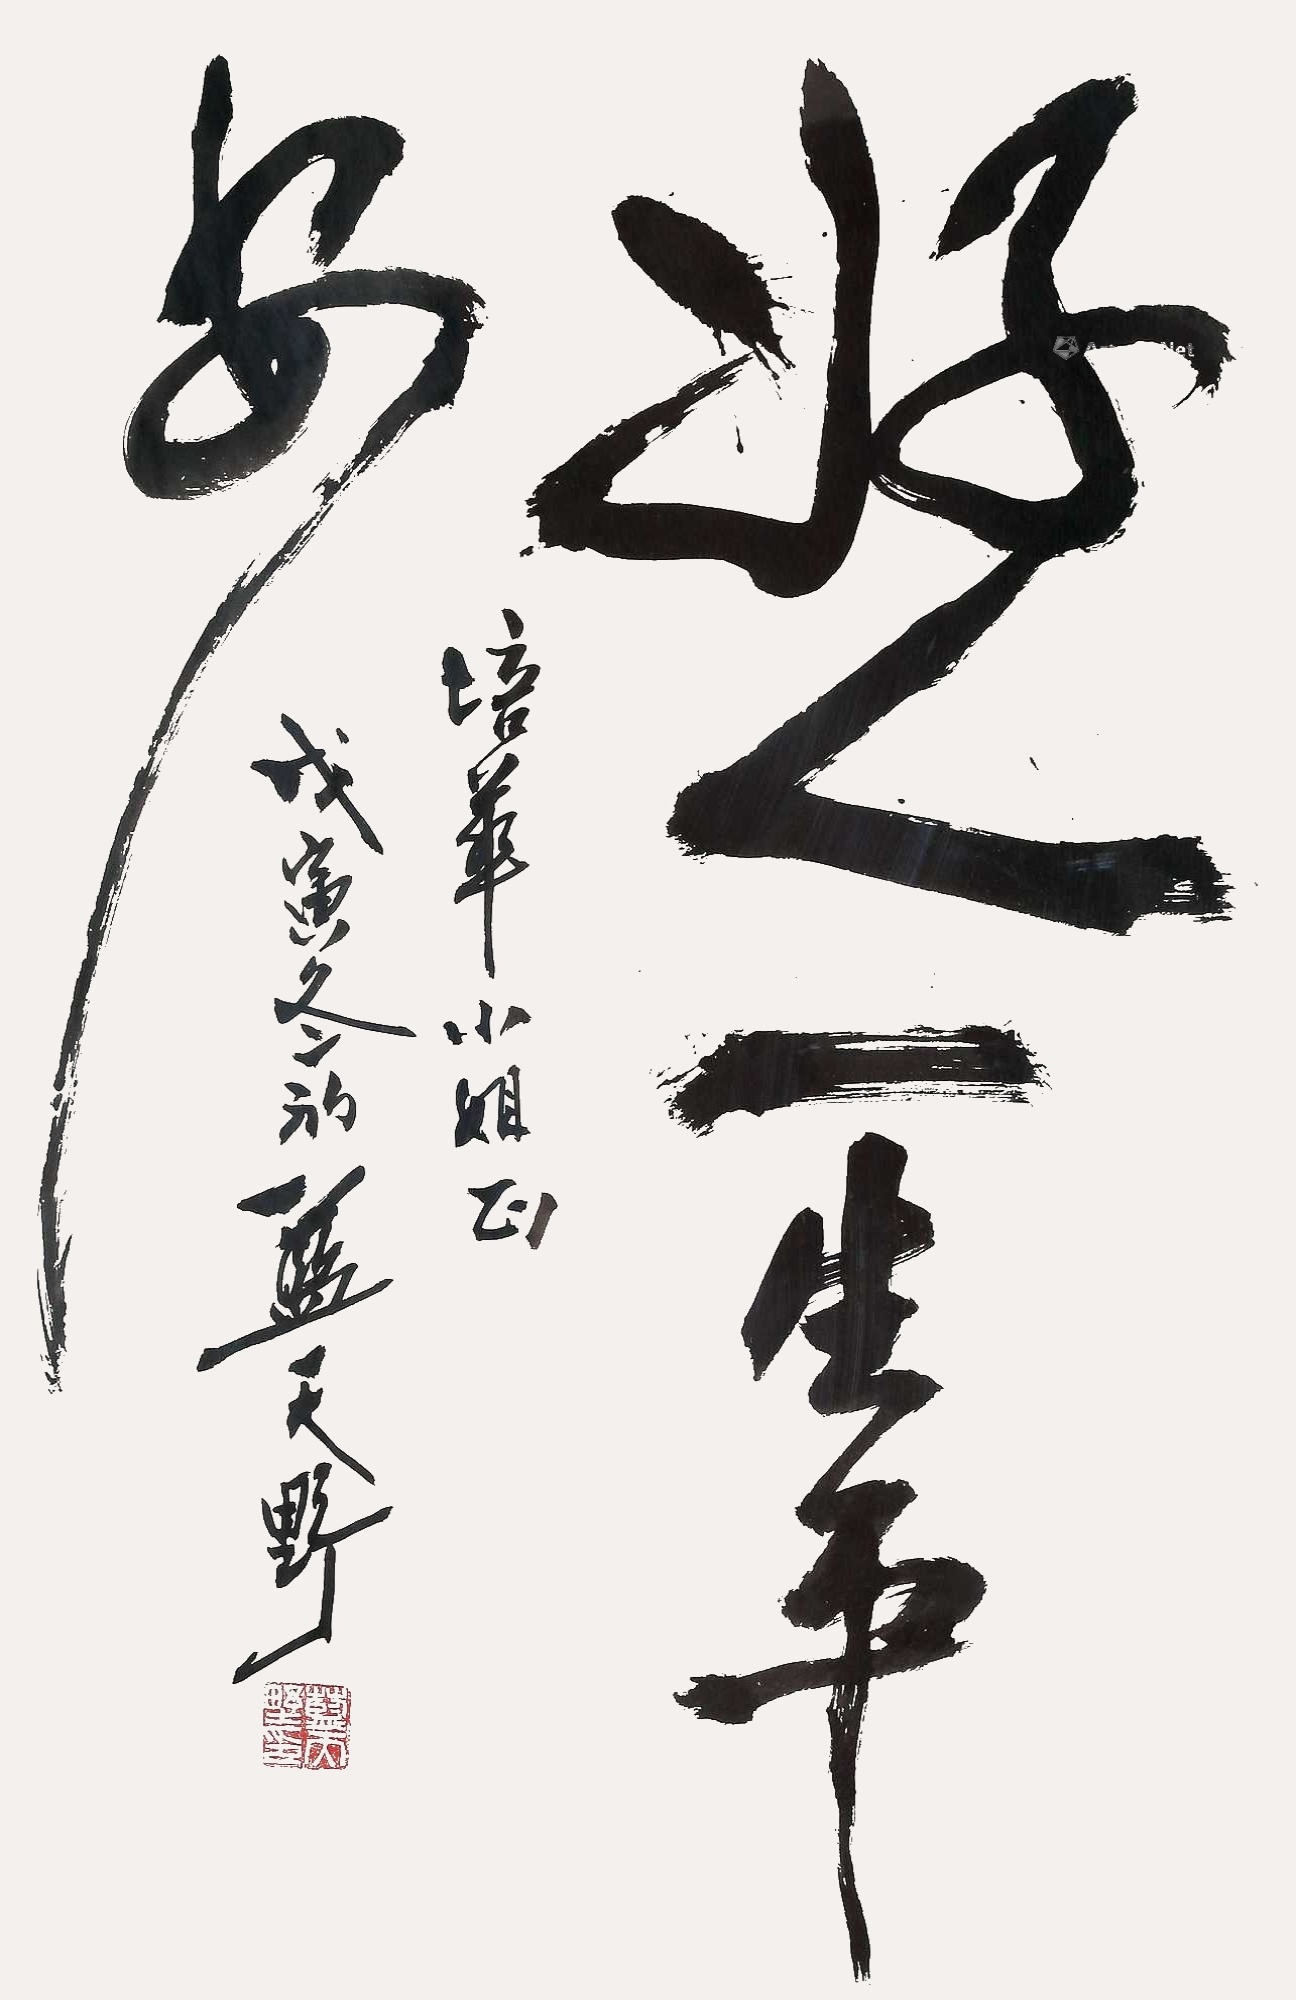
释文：好人一生平安培华小姐正，戊寅冬蓝天野。